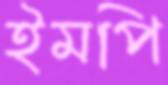
ইমপি